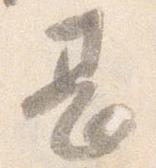
甚